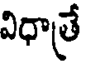
విధాత్రే